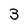
Character: 3